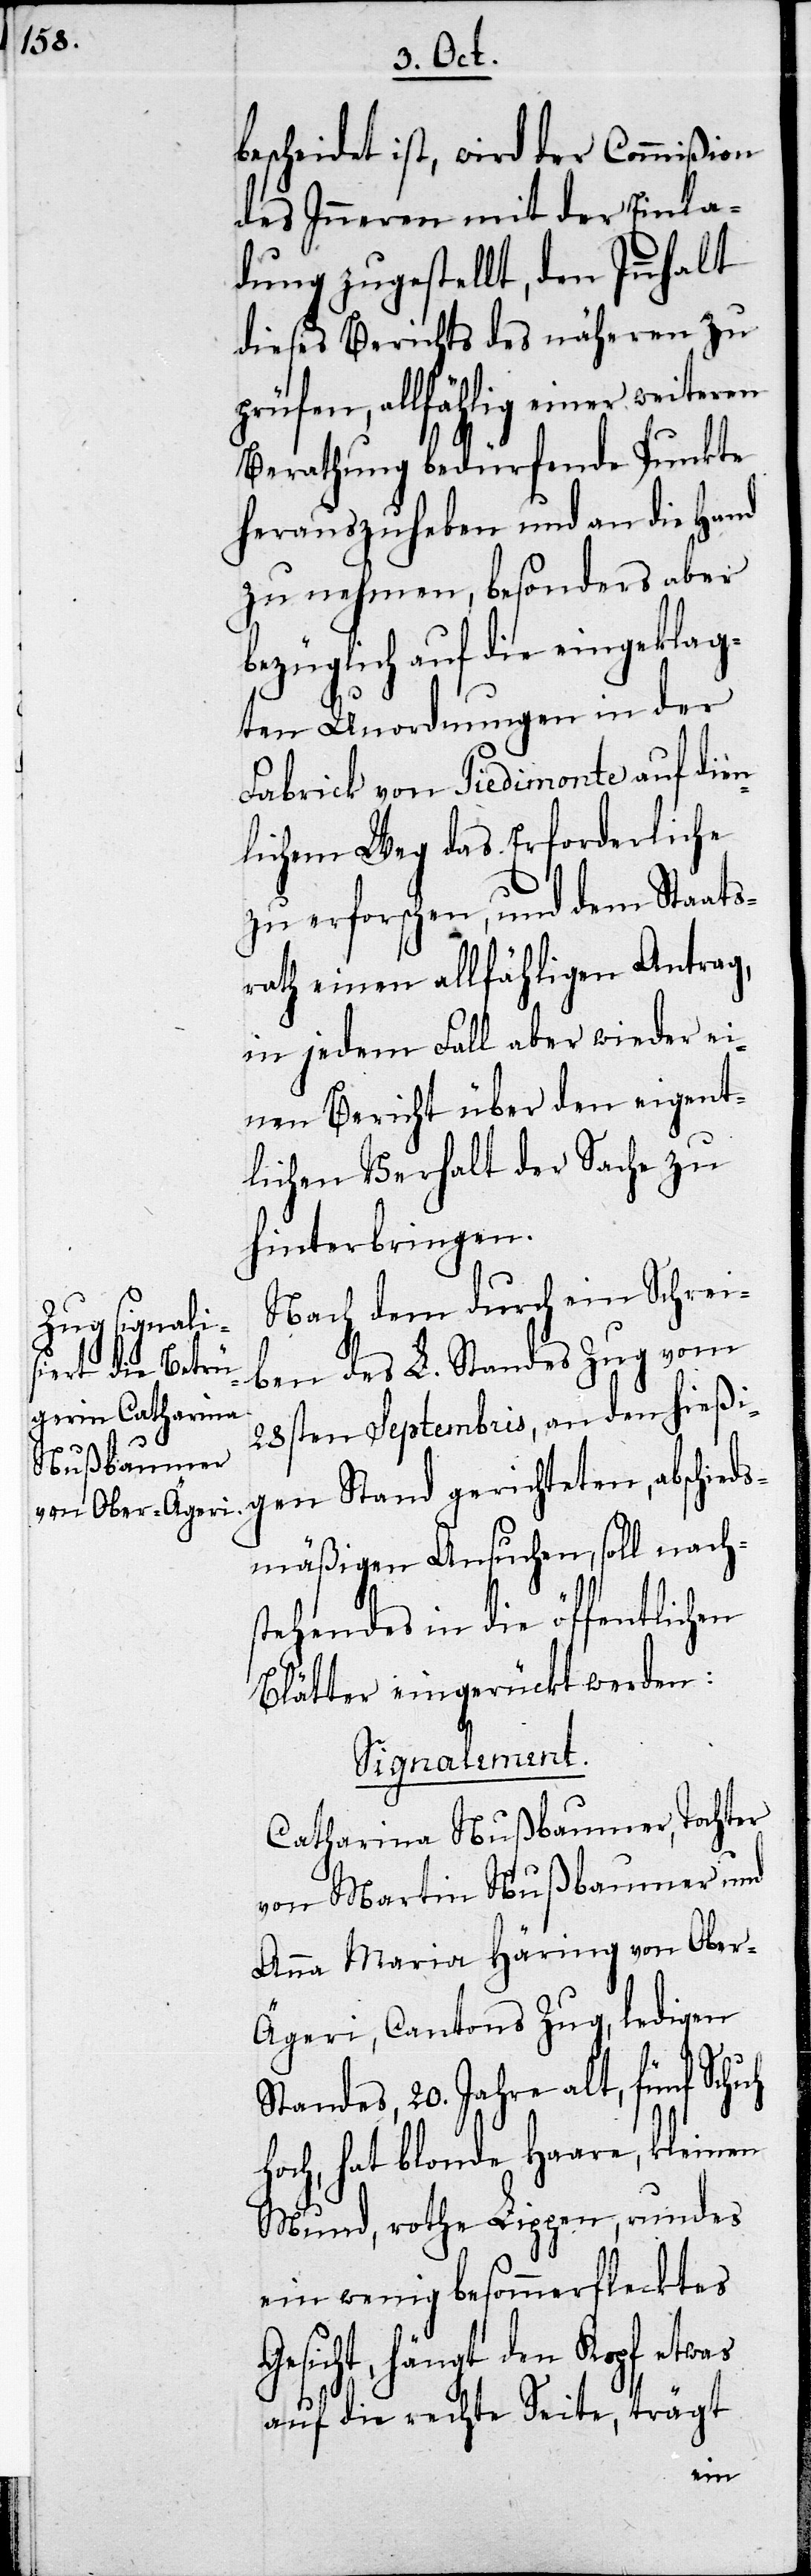
bescheidet ist, wird der Commißion
des Inneren mit der Einla¬
dung zugestellt, den Innhalt
dieses Berichts des näheren zu
prüfen, allfählig einer weiteren
Berathung bedürfende Punkte
herauszuheben und an die Hand
zu nehmen, besonders aber
bezüglich auf die eingeklag¬
ten Unordnungen in der
Fabrick von Piedimonte auf dien¬
lichem Weg das Erforderliche
zu erforschen, und dem Staats¬
rath einen allfähligen Antrag,
in jedem Fall aber wieder ei¬
nen Bericht über den eigent¬
lichen Verhalt der Sache zu
hinterbringen.
Nach dem durch ein Schrei¬
ben des L. Standes Zug vom
28sten Septembris, an den hießi¬
gen Stande gerichteten, abschieds¬
mäßigen Ansuchen, soll nachs¬
tehendes in die öffentlichen
Blätter eingerückt werden:
Signalement.
Catharina Nußbaumer, Tochter
von Martin Nußbaumer und
Anna Maria Häring von Ober-Ä¬
geri, Cantons Zug, ledigen
Standes, 20. Jahre alt, fünf Schuh
hoch, hat blonde Haare, kleinen
Mund, rothe Lippen, rundes
ein wenig besommerflecktes
Gesicht, hängt den Kopf etwas
auf die rechte Seite, trägt